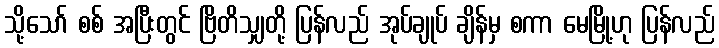
သို့သော် စစ် အပြီးတွင် ဗြိတိသျှတို့ ပြန်လည် အုပ်ချုပ် ချိန်မှ စကာ မေမြို့ဟု ပြန်လည်